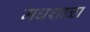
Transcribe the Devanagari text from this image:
मधशाळा